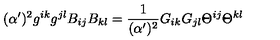
( \alpha ^ { \prime } ) ^ { 2 } g ^ { i k } g ^ { j l } B _ { i j } B _ { k l } = { \frac { 1 } { ( \alpha ^ { \prime } ) ^ { 2 } } } G _ { i k } G _ { j l } \Theta ^ { i j } \Theta ^ { k l }